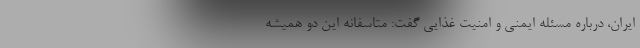
ایران، درباره مسئله ایمنی و امنیت غذایی گفت: متاسفانه این دو همیشه